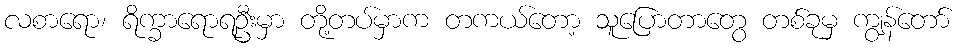
လစာရော၊ ရိက္ခာရောရဦးမှာ တို့တပ်မှာက တကယ်တော့ သူပြောတာတွေ တစ်ခုမှ ကျွန်တော်